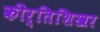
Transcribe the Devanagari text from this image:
कीर्तिशिखर